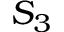
S _ { 3 }